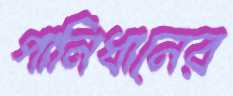
পানিধানের